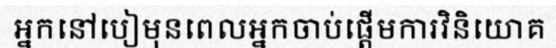
អ្នកនៅបៀមុនពេលអ្នកចាប់ផ្តើមការវិនិយោគ